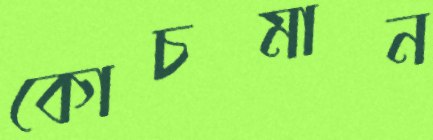
কোচমান